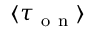
\langle \tau _ { \mathrm { ~ o ~ n ~ } } \rangle